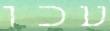
עכו